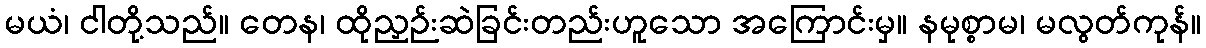
မယံ၊ ငါတို့သည်။ တေန၊ ထိုညှဉ်းဆဲခြင်းတည်းဟူသော အကြောင်းမှ။ နမုစ္စာမ၊ မလွတ်ကုန်။